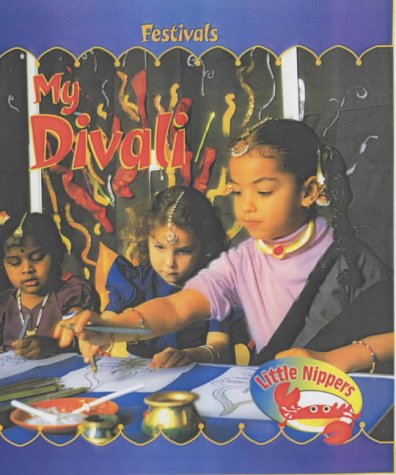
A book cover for My Divali (Little Nippers: Festivals); Monica Hughes; Children's Books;